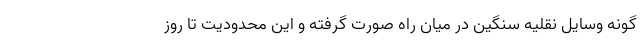
گونه وسایل نقلیه سنگین در میان راه صورت گرفته و این محدودیت تا روز